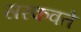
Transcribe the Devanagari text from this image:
सरकवते